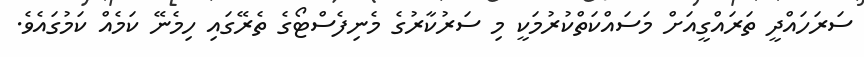
ސަރަަހައްދީ ތަރައްގީއަށް މަސައްކަތްކުރުމަކީ މި ސަރުކާރުގެ މެނިފެސްޓޯގެ ތެރޭގައި ހިމެނޭ ކަމެއް ކަމުގައެވެ.